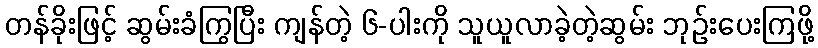
တန်ခိုးဖြင့် ဆွမ်းခံကြွပြီး ကျန်တဲ့ ၆-ပါးကို သူယူလာခဲ့တဲ့ဆွမ်း ဘုဉ်းပေးကြဖို့